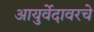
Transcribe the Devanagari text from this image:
आयुर्वेदावरचे